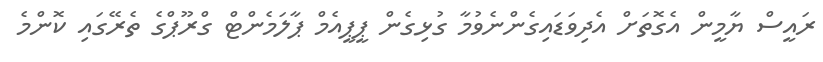
ރައީސް ޔާމީން އެގޮތަށް އެދިވަޑައިގެންނެވުމާ ގުޅިގެން ޕީޕީއެމް ޕާލަމެންޓް ގްރޫޕްގެ ތެރޭގައި ކޮންމެ